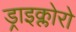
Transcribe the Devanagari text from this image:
ड्राइक्लोरो